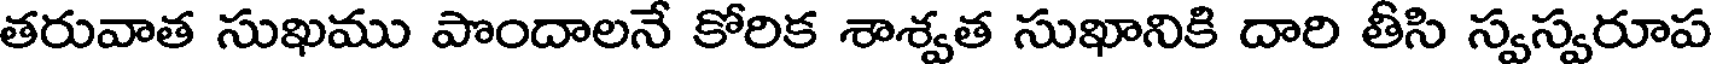
తరువాత సుఖము పొందాలనే కోరిక శాశ్వత సుఖానికి దారి తీసి స్వస్వరూప